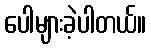
ပေါများခဲ့ပါတယ်။